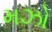
મઝો